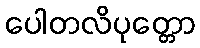
ပေါတလိပုတ္တော